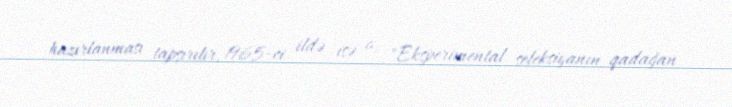
hazırlanması tapşırılır, 1965-ci ildə isə o, "Eksperimental seleksiyanın qadağan